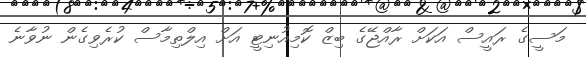
މަސީގެ ރައީސް އަކަށް ރާއްޖޭގެ ބިޒް ކޮމިއުނިޓީ އަށް އިލްތިމާސް ކުރެވިގެން ނުވާނެ